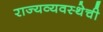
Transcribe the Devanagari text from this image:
राज्यव्यवस्थेची